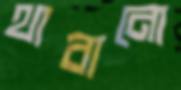
থাবানো